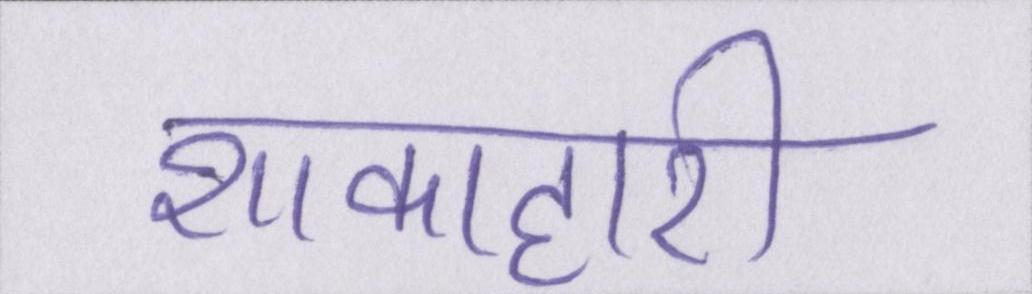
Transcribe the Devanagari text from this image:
शाकाहारी